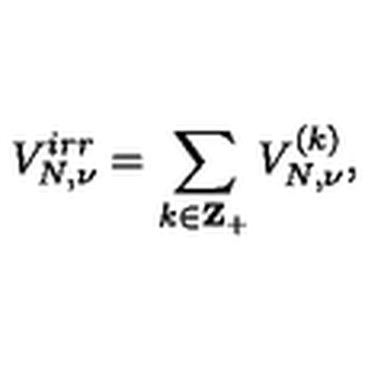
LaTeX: V _ { N , \nu } ^ { i r r } = \sum _ { k \in { \bf Z } _ { + } } V _ { N , \nu } ^ { ( k ) } ,